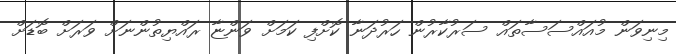
މިނިވަން މުއައްސަސާތައް ސަރުކާރުން ހަރުދަނާ ކޮށްފި ކަމަށް ވަންޏާ ރައްޔިތުންނަށް ވަރަށް ބޮޑަށް